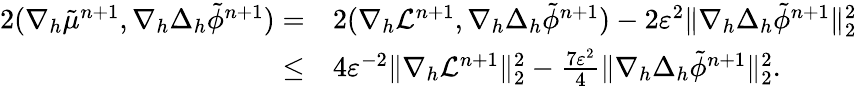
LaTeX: \begin{array}{rl}{2(\nabla_{h}\tilde{\mu}^{n+1},\nabla_{h}\Delta_{h}\tilde{\phi}^{n+1})=}&{2(\nabla_{h}\mathcal{L}^{n+1},\nabla_{h}\Delta_{h}\tilde{\phi}^{n+1})-2\varepsilon^{2}\| \nabla_{h}\Delta_{h}\tilde{\phi}^{n+1}\| _{2}^{2}}\\ {\leq}&{4\varepsilon^{-2}\| \nabla_{h}\mathcal{L}^{n+1}\| _{2}^{2}-\frac{7\varepsilon^{2}}{4}\| \nabla_{h}\Delta_{h}\tilde{\phi}^{n+1}\| _{2}^{2}.}\end{array}